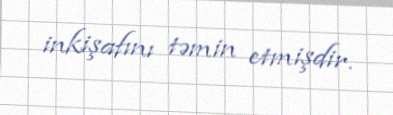
inkişafını təmin etmişdir.